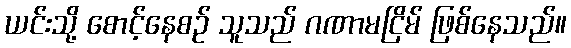
ယင်းသို့ စောင့်နေစဉ် သူသည် ဂဏာမငြိမ် ဖြစ်နေသည်။